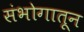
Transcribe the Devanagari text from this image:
संभोगातून